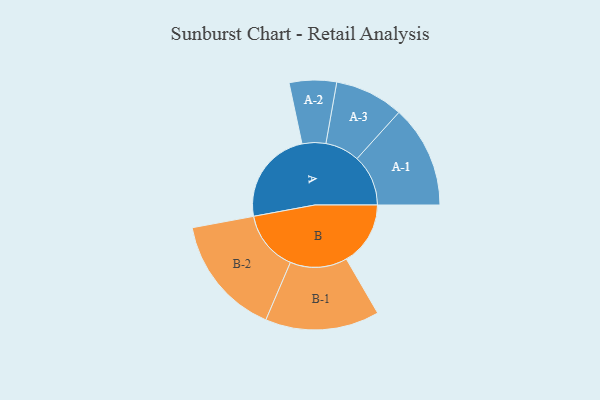
{"axis": {"x": "Segment", "y": "Value"}, "legend": ["", "A", "B"], "data": [{"x": "A", "y": 405, "type": ""}, {"x": "B", "y": 274, "type": ""}, {"x": "A-1", "y": 219, "type": "A"}, {"x": "A-2", "y": 101, "type": "A"}, {"x": "A-3", "y": 147, "type": "A"}, {"x": "B-1", "y": 244, "type": "B"}, {"x": "B-2", "y": 258, "type": "B"}]}